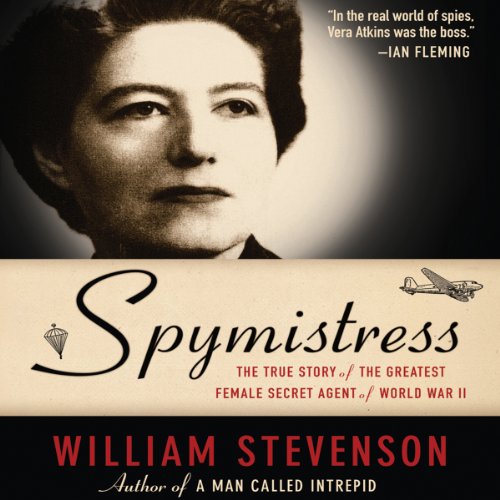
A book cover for Spymistress: The True Story of the Greatest Female Secret Agent of World War II; William Stevenson; Biographies & Memoirs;